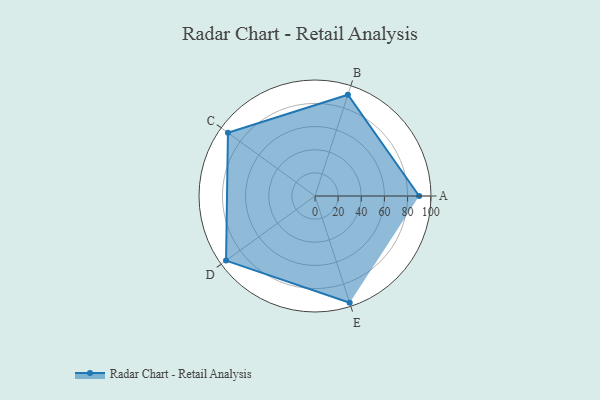
{"axis": {"x": "Skill", "y": "Score"}, "legend": ["Profile"], "data": [{"x": "A", "y": 90.0, "type": "Profile"}, {"x": "B", "y": 92.0, "type": "Profile"}, {"x": "C", "y": 93.0, "type": "Profile"}, {"x": "D", "y": 95.0, "type": "Profile"}, {"x": "E", "y": 97.0, "type": "Profile"}]}